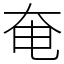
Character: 奄